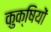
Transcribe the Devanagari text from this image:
कुक्षियों